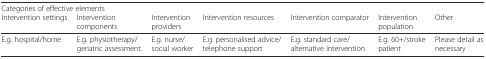
<table><thead><tr><td colspan="7"><b>Categories of effective elements</b></td></tr><tr><td><b>Intervention settings</b></td><td><b>Intervention components</b></td><td><b>Intervention providers</b></td><td><b>Intervention resources</b></td><td><b>Intervention comparator</b></td><td><b>Intervention population</b></td><td><b>Other</b></td></tr></thead><tbody><tr><td>E.g. hospital/home</td><td>E.g. physiotherapy/geriatric assessment.</td><td>E.g. nurse/social worker</td><td>E.g. personalised advice/telephone support</td><td>E.g. standard care/alternative intervention</td><td>E.g. 60+/stroke patient</td><td>Please detail as necessary</td></tr></tbody></table>